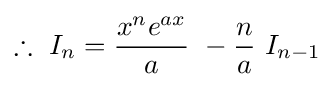
\therefore \ I_{n}={\frac {x^{n}e^{ax}}{a}}\ -{\frac {n}{a}}\ I_{n-1}